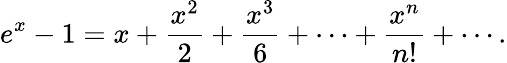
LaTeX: e^{x}-1=x+{\frac{x^{2}}{2}}+{\frac{x^{3}}{6}}+\cdots+{\frac{x^{n}}{n!}}+\cdots.